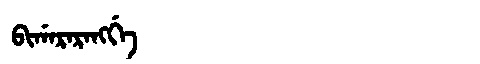
Manchu: ᠪᡳᡤᠠᡵᠠᡵᠠᠩᡤᡝ
Romanization: BIGARARANGGE